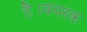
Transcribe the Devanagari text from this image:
है।वयस्क